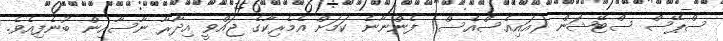
ސްޕޭސް ސްޓޭޝަން (އައިއެސްއެސް) ފެންނާނެ ކަމަށް އެމެރިކާގެ ޖައްވީ އިދާރާ ނާސާއިން ބުނެފިއެވެ.